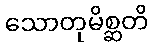
သောတုမိစ္ဆတိ